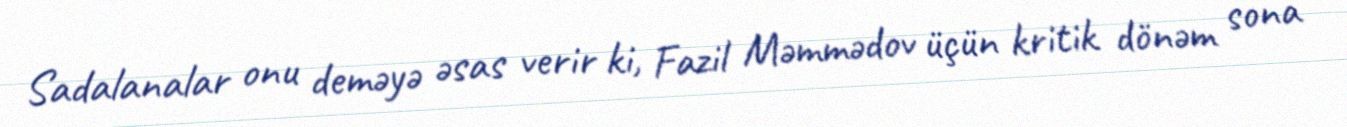
Sadalanalar onu deməyə əsas verir ki, Fazil Məmmədov üçün kritik dönəm sona